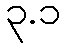
၃.၁